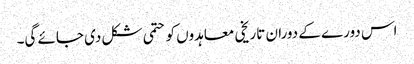
اس دورے کے دوران تاریخی معاہدوں کو حتمی شکل دی جائے گی۔